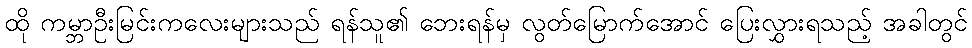
ထို ကမ္ဘာဦးမြင်းကလေးများသည် ရန်သူ၏ ဘေးရန်မှ လွတ်မြောက်အောင် ပြေးလွှားရသည့် အခါတွင်